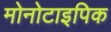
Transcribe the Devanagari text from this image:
मोनोटाइपिक